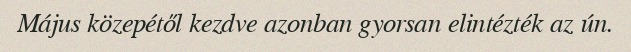
Május közepétől kezdve azonban gyorsan elintézték az ún.